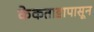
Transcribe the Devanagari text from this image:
केकताडापासून